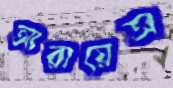
আরায়েস